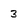
Character: 3